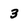
Character: 3